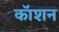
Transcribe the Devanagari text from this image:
कॉशन